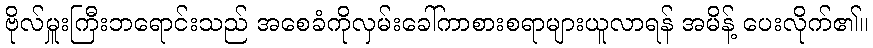
ဗိုလ်မှူးကြီးဘရောင်းသည် အစေခံကိုလှမ်းခေါ်ကာစားစရာများယူလာရန် အမိန့် ပေးလိုက်၏။